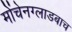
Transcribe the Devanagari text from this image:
मोंचेनग्लाडबाच